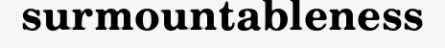
surmountableness